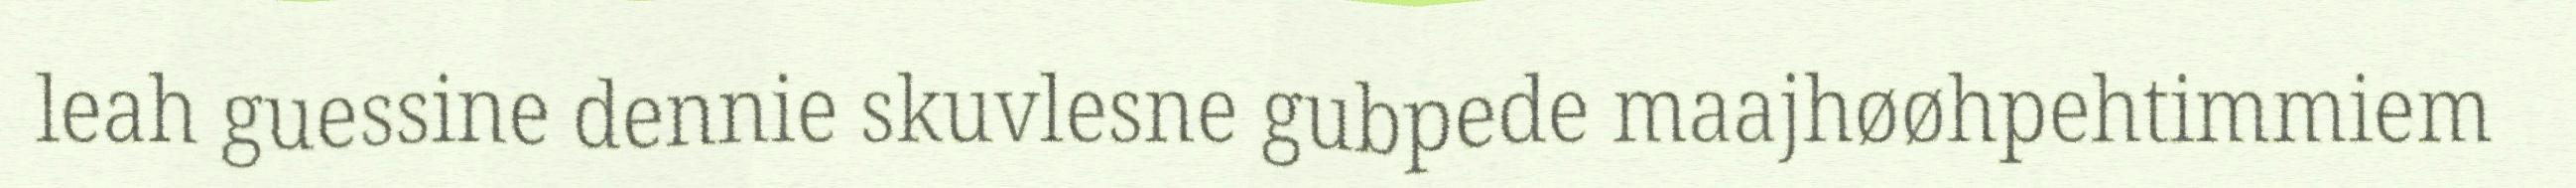
leah guessine dennie skuvlesne gubpede maajhøøhpehtimmiem